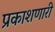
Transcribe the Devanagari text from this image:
प्रकाशणारी